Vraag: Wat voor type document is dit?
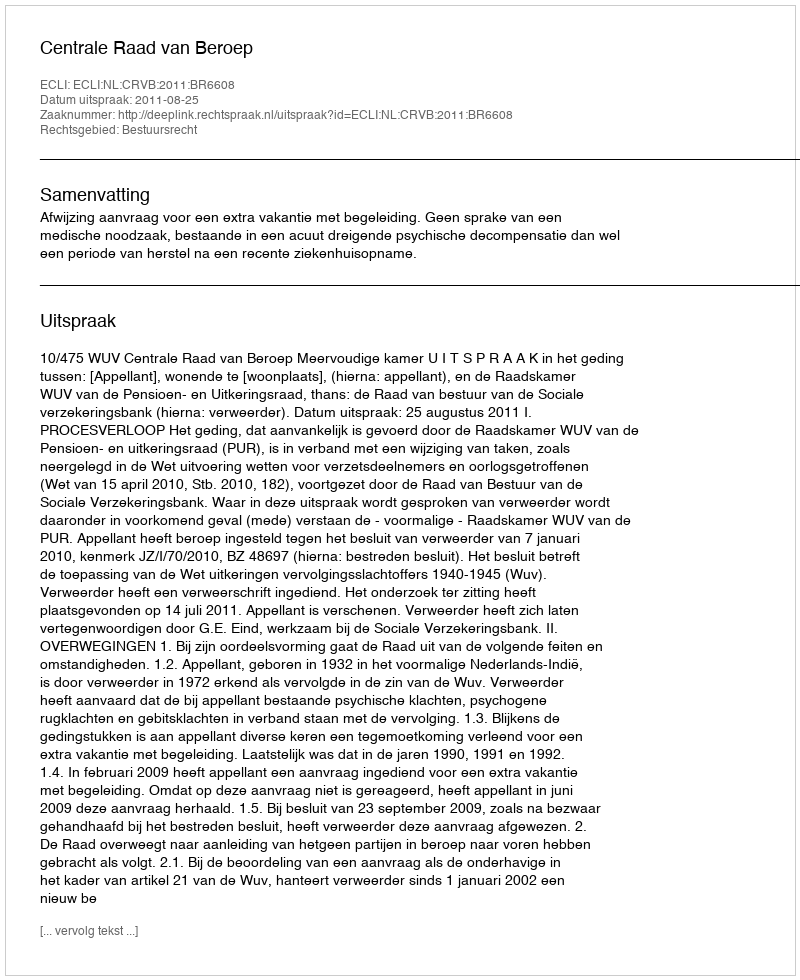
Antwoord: Uitspraak